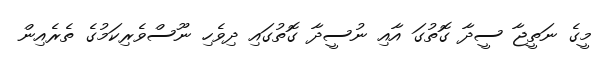
މީގެ ނަތީޖާ ސީދާ ގޮތުގަ އާއި ނުސީދާ ގޮތުގައި ދިވެހި ނޫސްވެރިކަމުގެ ތެރެއިން